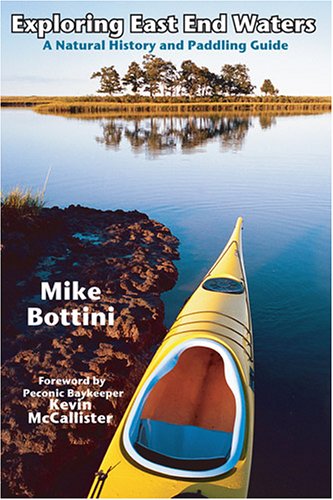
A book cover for Exploring East End Waters: A Natural History and Paddling Guide; Mike Bottini; Travel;